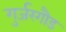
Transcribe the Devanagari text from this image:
गुर्जरगौड